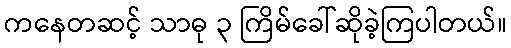
ကနေတဆင့် သာဓု ၃ ကြိမ်ခေါ်ဆိုခဲ့ကြပါတယ်။